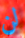
لن